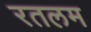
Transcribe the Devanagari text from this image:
रतलम